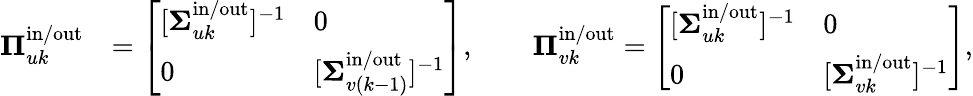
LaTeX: \begin{array}{rl}{\boldsymbol{\Pi}_{uk}^{\mathrm{in}/\mathrm{out}}}&{=\left[\begin{array}{ll}{[\boldsymbol{\Sigma}_{uk}^{\mathrm{in}/\mathrm{out}}]^{-1}}&{0}\\ {0}&{[\boldsymbol{\Sigma}_{v(k-1)}^{\mathrm{in}/\mathrm{out}}]^{-1}}\end{array}\right],\qquad\boldsymbol{\Pi}_{vk}^{\mathrm{in}/\mathrm{out}}=\left[\begin{array}{ll}{[\boldsymbol{\Sigma}_{uk}^{\mathrm{in}/\mathrm{out}}]^{-1}}&{0}\\ {0}&{[\boldsymbol{\Sigma}_{vk}^{\mathrm{in}/\mathrm{out}}]^{-1}}\end{array}\right],}\end{array}